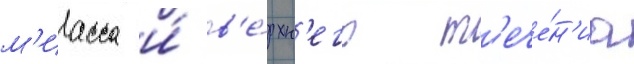
м'иасса и́ в'е́рхн'его т'ече́н'иа